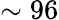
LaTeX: \sim 96